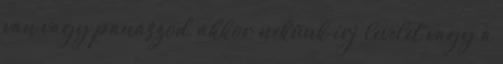
van vagy panaszod, akkor nekünk írj levelet vagy a